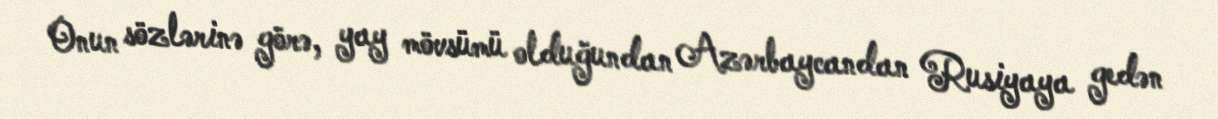
Onun sözlərinə görə, yay mövsümü olduğundan Azərbaycandan Rusiyaya gedən